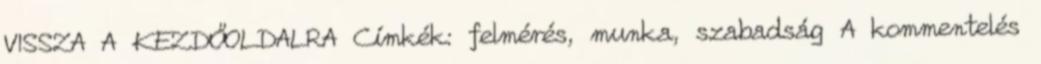
VISSZA A KEZDŐOLDALRA Címkék: felmérés, munka, szabadság A kommentelés